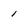
Character: 1